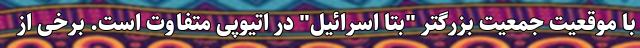
با موقعیت جمعیت بزرگتر "بتا اسرائیل" در اتیوپی متفاوت است. برخی از